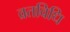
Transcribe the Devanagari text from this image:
व्रतविधि